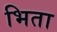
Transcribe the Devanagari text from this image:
भिता